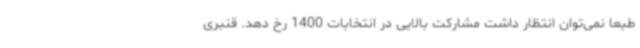
طبعا نمی‌توان انتظار داشت مشارکت بالایی در انتخابات 1400 رخ دهد. قنبری